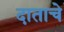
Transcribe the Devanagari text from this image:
दाताचे